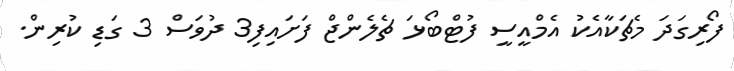
ފޯރިގަދަ މެޗަކާއެކު އެމްއީސީ ފުޓްބޯޅަ ޗެލެންޖް ފަށައިފި3 ދުވަސް 3 ގަޑި ކުރިން.